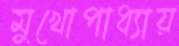
মুখোপাধ্যায়